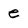
Character: e